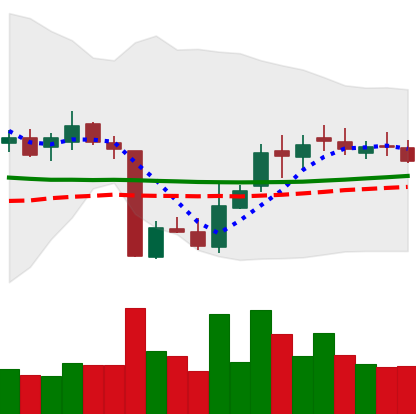
Ticker: XLM-USD
Chart end date: 2018-10-24
Forward return: -6.478%
Label: down_5_7